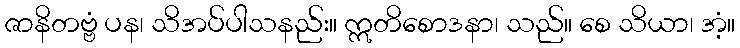
ဇာနိတဗ္ဗံ ပန၊ သိအပ်ပါသနည်း။ ဣတိစောဒနာ၊ သည်။ စေ သိယာ၊ အံ့။